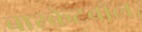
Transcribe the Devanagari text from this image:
बास्केटबॉल।